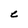
Character: C